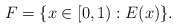
\begin{align*}F=\{x\in[0,1) : E(x)\}.\end{align*}